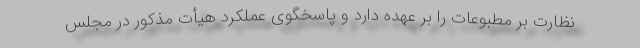
نظارت بر مطبوعات را بر عهده دارد و پاسخگوی عملکرد هیأت مذکور در مجلس